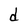
Character: d